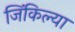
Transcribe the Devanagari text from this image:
जिंकिल्या